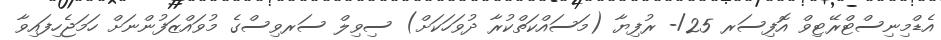
އެޑްމިނިސްޓްރޭޓިވް އޮފިސަރ 25/- ރުފިޔާ (މަސައްކަތްކުރާ ދުވަހަކަށް) ސިވިލް ސަރވިސްގެ މުވައްޒަފުންނަށް ހަމަޖެހިފައިވާ